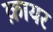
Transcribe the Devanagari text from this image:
क़ायर